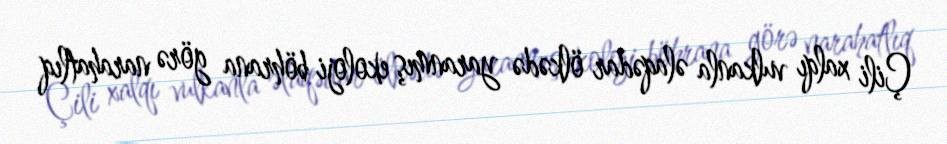
Çili xalqı vulkanla əlaqədar ölkədə yaranmış ekoloji böhrana görə narahatlıq